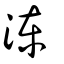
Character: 涷